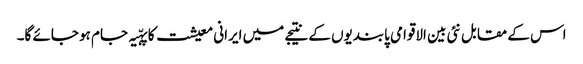
اس کے مقابل نئی بین الاقوامی پابندیوں کے نتیجے میں ایرانی معیشت کا پہّیہ جام ہو جائے گا۔